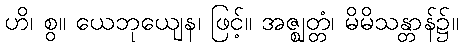
ဟိ၊ စွ။ ယေဘုယျေန၊ ဖြင့်။ အဇ္ဈတ္တံ၊ မိမိသန္တာန်၌။